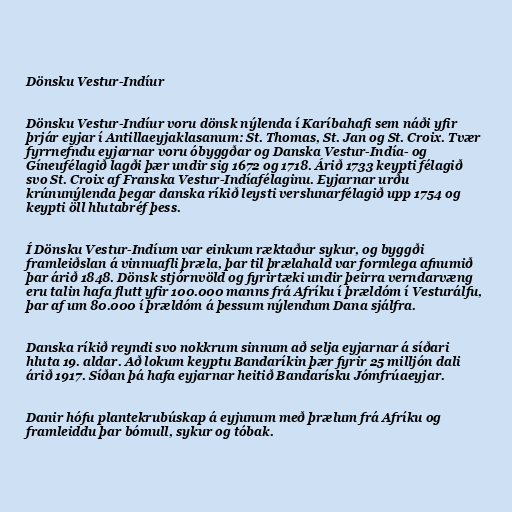
Dönsku Vestur-Indíur

Dönsku Vestur-Indíur voru dönsk nýlenda í Karíbahafi sem náði yfir
þrjár eyjar í Antillaeyjaklasanum: St. Thomas, St. Jan og St. Croix. Tvær
fyrrnefndu eyjarnar voru óbyggðar og Danska Vestur-Indía- og
Gíneufélagið lagði þær undir sig 1672 og 1718. Árið 1733 keypti félagið
svo St. Croix af Franska Vestur-Indíafélaginu. Eyjarnar urðu
krúnunýlenda þegar danska ríkið leysti verslunarfélagið upp 1754 og
keypti öll hlutabréf þess.

Í Dönsku Vestur-Indíum var einkum ræktaður sykur, og byggði
framleiðslan á vinnuafli þræla, þar til þrælahald var formlega afnumið
þar árið 1848. Dönsk stjórnvöld og fyrirtæki undir þeirra verndarvæng
eru talin hafa flutt yfir 100.000 manns frá Afríku í þrældóm í Vesturálfu,
þar af um 80.000 í þrældóm á þessum nýlendum Dana sjálfra.

Danska ríkið reyndi svo nokkrum sinnum að selja eyjarnar á síðari
hluta 19. aldar. Að lokum keyptu Bandaríkin þær fyrir 25 milljón dali
árið 1917. Síðan þá hafa eyjarnar heitið Bandarísku Jómfrúaeyjar.

Danir hófu plantekrubúskap á eyjunum með þrælum frá Afríku og
framleiddu þar bómull, sykur og tóbak.